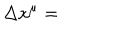
\Delta x ^ { \mu } =